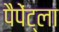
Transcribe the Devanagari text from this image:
पैपेंट्ला